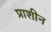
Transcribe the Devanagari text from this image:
प्राशीन